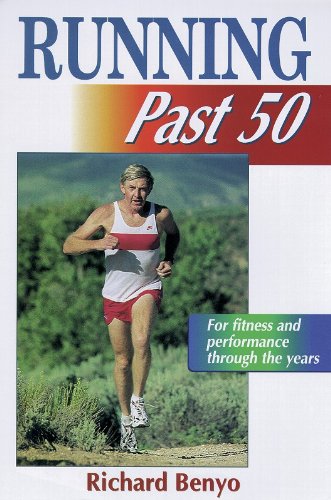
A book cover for Running Past 50 (Ageless Athlete Series); Richard Benyo; Health, Fitness & Dieting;